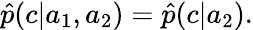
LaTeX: \begin{array}{r}{\hat{p}(c|a_{1},a_{2})=\hat{p}(c|a_{2}).}\end{array}